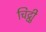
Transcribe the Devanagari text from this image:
चिट्ठीु